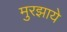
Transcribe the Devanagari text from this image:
मुरझाये